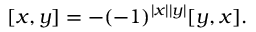
[ x , y ] = - ( - 1 ) ^ { | x | | y | } [ y , x ] .